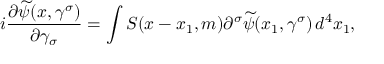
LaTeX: i \frac { \partial \widetilde { \psi } ( x , \gamma ^ { \sigma } ) } { \partial \gamma _ { \sigma } } = \int S ( x - x _ { 1 } , m ) \partial ^ { \sigma } \widetilde { \psi } ( x _ { 1 } , \gamma ^ { \sigma } ) \, d ^ { 4 } x _ { 1 } ,